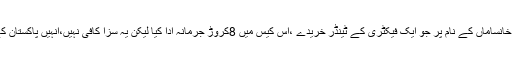
انہوں نے کہا کہ جہانگیر ترین نے مالی اور خانساماں کے نام پر جو ایک فیکٹری کے ٹینڈر خریدے ،اس کیس میں 8کروڑ جرمانہ ادا کیا لیکن یہ سزا کافی نہیں،انہیں پاکستان کے آئین کے تحت تین سال قید بھی کاٹنا ہوگی۔